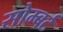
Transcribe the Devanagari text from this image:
सोम्बर्ट